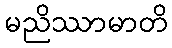
မညိဿာမာတိ